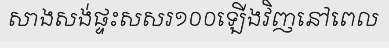
សាងសង់ផ្ទះសសរ១០០ឡើងវិញនៅពេល